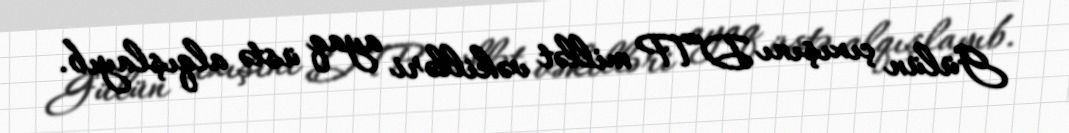
Gülün çıxışını DTP millət vəkilləri ayaq üstə alqışlayıb.